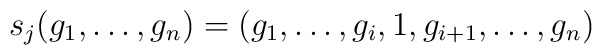
s_{j}(g_{1},\ldots ,g_{n}) = (g_{1} ,\ldots ,g_{i},1,g_{i+1},\ldots ,g_{n})